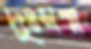
দুঃস্বপ্ন